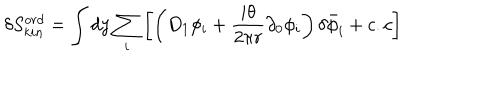
\delta S _ { k i n } ^ { o r d } = \int d y \sum _ { i } \left[ \left( D _ { 1 } \phi _ { i } + \frac { i \theta } { 2 \pi r } \partial _ { 0 } \phi _ { i } \right) \delta { \bar { \phi } _ { i } } + c . c \right]